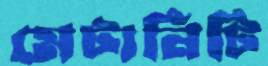
মেটার্নিটি